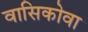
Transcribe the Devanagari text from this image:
वासिकोवा